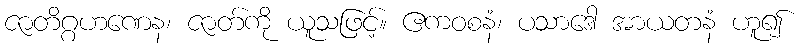
ဇာတိဂ္ဂဟဏေန၊ ဇာတ်ကို ယူသဖြင့်။ ဧကဝစနံ၊ ပသာဒေါ အာယတနံ ဟူ၍